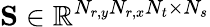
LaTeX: \mathbf{S}\in\mathbb{R}^{N_{r,y}N_{r,x}N_{t}\times N_{s}}